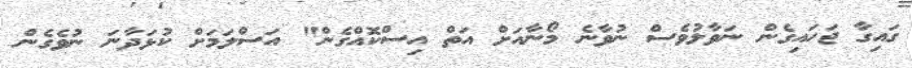
ގައިގާ ޖަހައިގެން ނަވާލުވެސް ނުވާނެ މޯނާއަށް އަތް އިސްކޮއްގެން" އަސްލަމަށް ކުޅަދާނަ ނުވެގެން